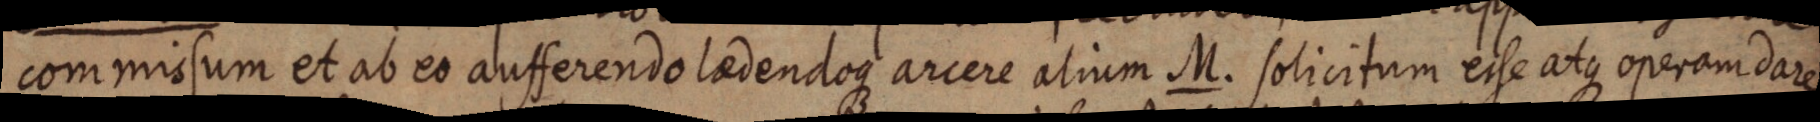
commissum et ab eo aufferendo laedendoque arcere alium M. solicitum eise atque operam dare